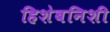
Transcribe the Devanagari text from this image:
हिशेबनिशी